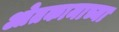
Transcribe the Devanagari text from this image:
ओतकामाच्या